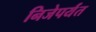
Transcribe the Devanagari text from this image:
निजेपर्यंत